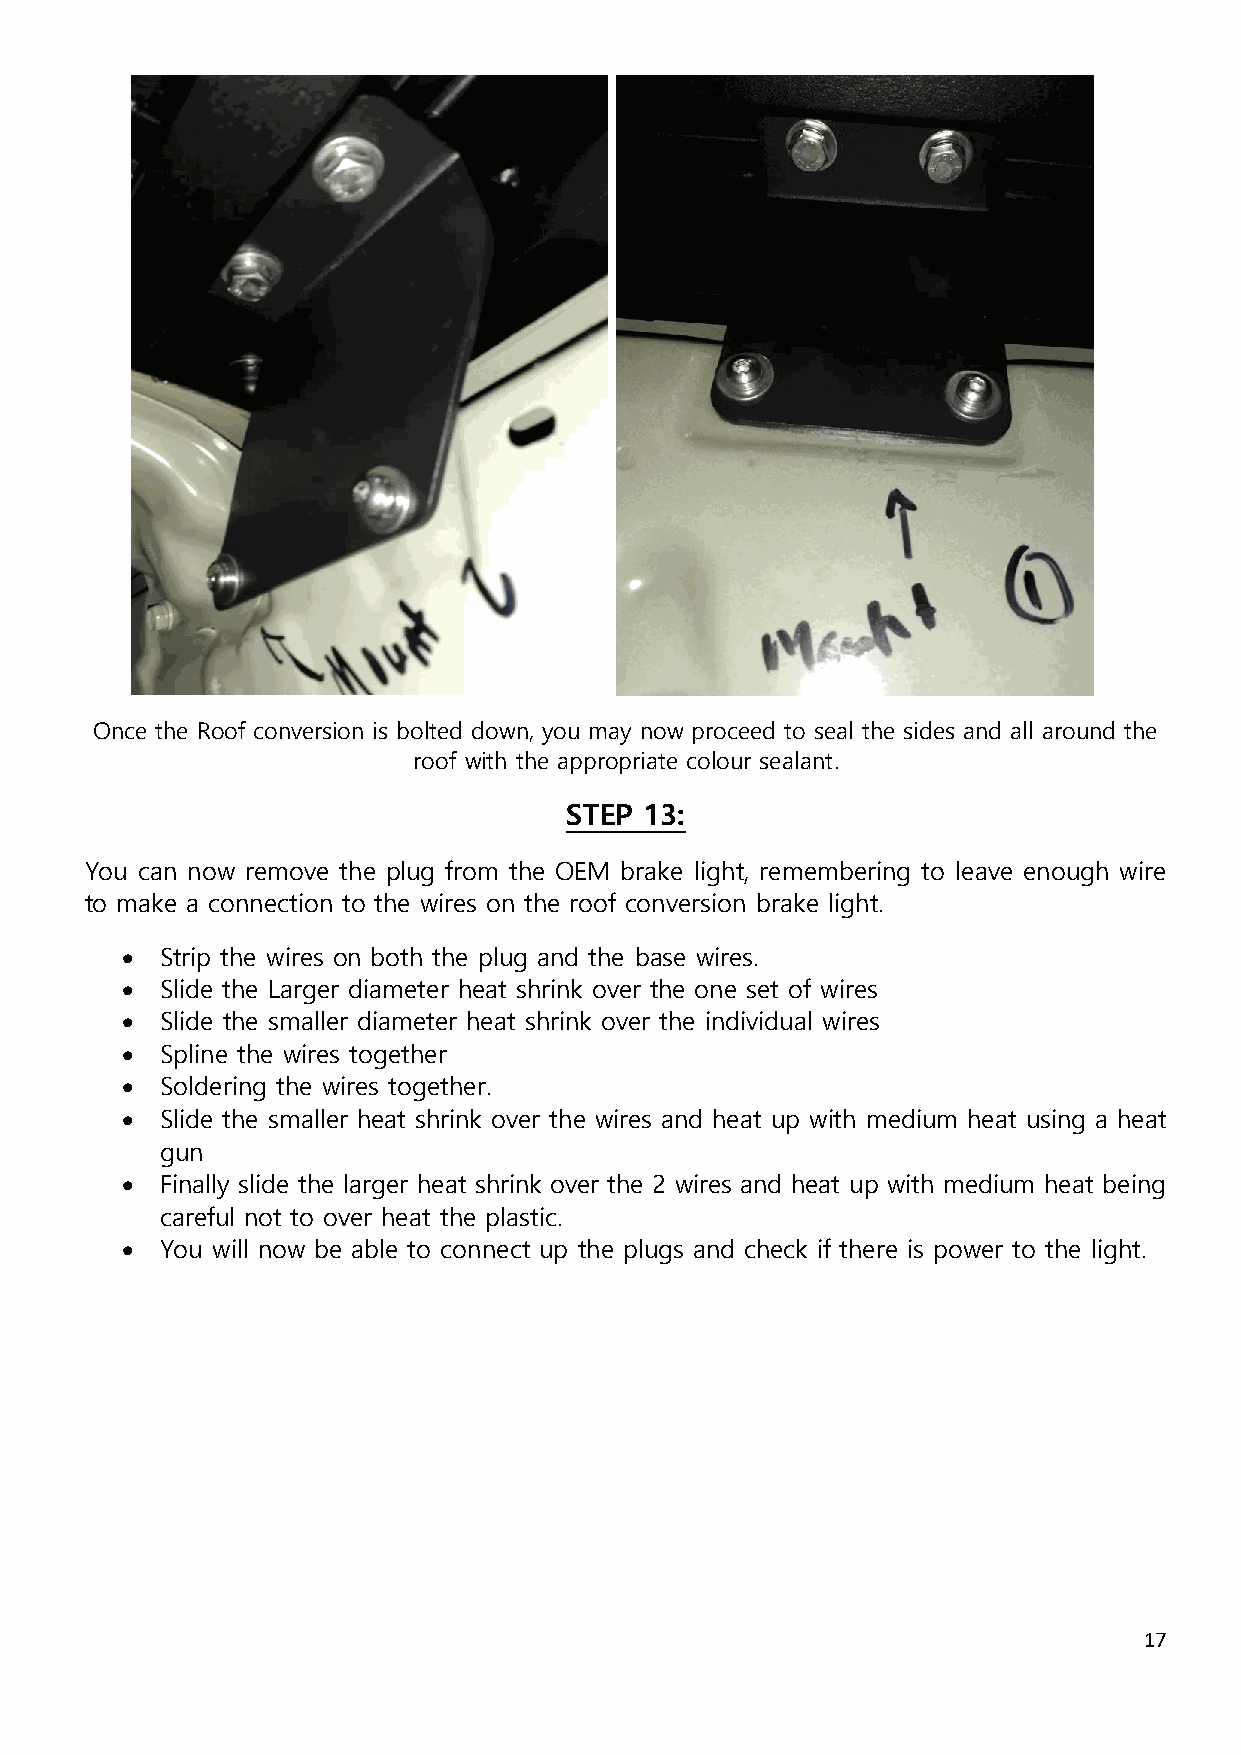
Once the Roof conversion is bolted down, you may now proceed to seal the sides and all around the
 roof with the appropriate colour sealant.
 STEP  13:
 You can now remove the plug from the OEM brake light, remembering to leave enough wire
 to make a connection to the wires on the roof conversion brake light.
 •  Strip the wires on both the plug and the base wires.
 •  Slide the Larger diameter heat shrink over the one set of wires
 •  Slide the smaller diameter heat shrink over the individual wires
 •  Spline the wires together
 •  Soldering the wires together.
 •  Slide the smaller heat shrink over the wires and heat up with medium heat using a heat
 gun
 •  Finally slide the larger heat shrink over the 2 wires and heat up with medium heat being
 careful not to over heat the plastic.
 •  You will now be able to connect up the plugs and check if there is power to the light.
 17